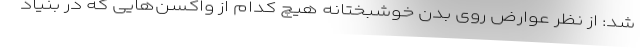
شد: از نظر عوارض روی بدن خوشبختانه هیچ کدام از واکسن‌هایی که در بنیاد